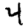
Digit: 4